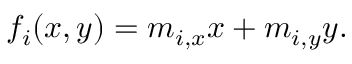
f _ { i } ( x , y ) = m _ { i , x } x + m _ { i , y } y .